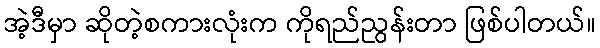
အဲ့ဒီမှာ ဆိုတဲ့စကားလုံးက ကိုရည်ညွန်းတာ ဖြစ်ပါတယ်။